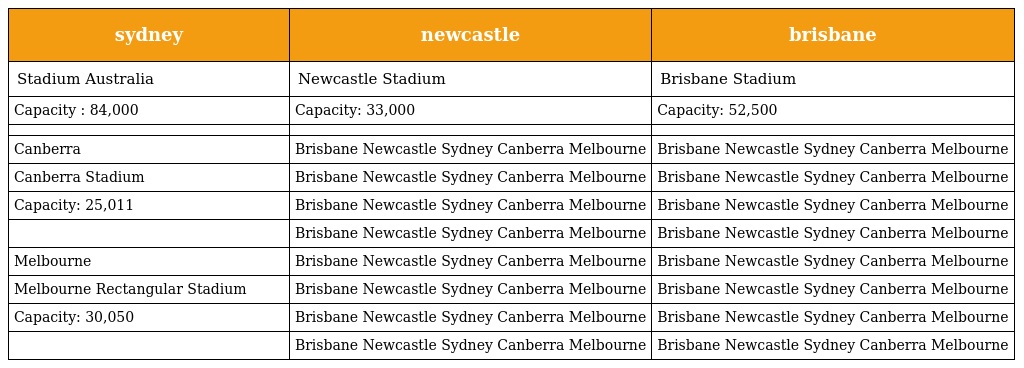
| sydney | newcastle | brisbane |
 | --- | --- | --- |
 | Stadium Australia | Newcastle Stadium | Brisbane Stadium |
 | Capacity : 84,000 | Capacity: 33,000 | Capacity: 52,500 |
 |  |  |  |
 | Canberra | Brisbane Newcastle Sydney Canberra Melbourne | Brisbane Newcastle Sydney Canberra Melbourne |
 | Canberra Stadium | Brisbane Newcastle Sydney Canberra Melbourne | Brisbane Newcastle Sydney Canberra Melbourne |
 | Capacity: 25,011 | Brisbane Newcastle Sydney Canberra Melbourne | Brisbane Newcastle Sydney Canberra Melbourne |
 |  | Brisbane Newcastle Sydney Canberra Melbourne | Brisbane Newcastle Sydney Canberra Melbourne |
 | Melbourne | Brisbane Newcastle Sydney Canberra Melbourne | Brisbane Newcastle Sydney Canberra Melbourne |
 | Melbourne Rectangular Stadium | Brisbane Newcastle Sydney Canberra Melbourne | Brisbane Newcastle Sydney Canberra Melbourne |
 | Capacity: 30,050 | Brisbane Newcastle Sydney Canberra Melbourne | Brisbane Newcastle Sydney Canberra Melbourne |
 |  | Brisbane Newcastle Sydney Canberra Melbourne | Brisbane Newcastle Sydney Canberra Melbourne |